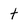
Character: t